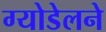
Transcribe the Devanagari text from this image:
ग्योडेलने